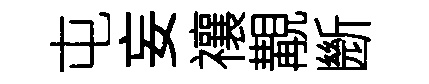
屯妄禳覯㫁